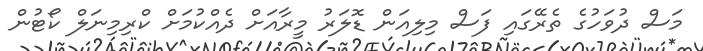
މަސް ދުވަހުގެ ތެރޭގައި ފަސް މިލިއަން ޑޮލަަރު މީރާއަށް ދެއްކުމަށް ކްރިމިނަލް ކޯޓުން